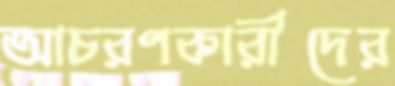
আচরণকারীদের